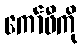
ကော်ဖီကို